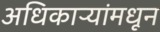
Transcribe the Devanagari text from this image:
अधिकाऱ्यांमधून